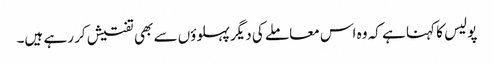
پولیس کا کہنا ہے کہ وہ اس معاملے کی دیگر پہلوؤں سے بھی تفتیش کر رہے ہیں۔